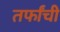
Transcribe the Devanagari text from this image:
तर्फांची